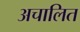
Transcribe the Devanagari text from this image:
अचालित